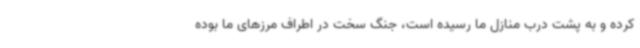
کرده و به پشت درب منازل ما رسیده است، جنگ سخت در اطراف مرزهای ما بوده